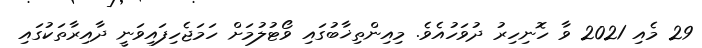
29 މެއި 2021 ވާ ހޮނިހިރު ދުވަހުއެވެ. މިއިންތިޚާބުގައި ވޯޓުލުމަށް ހަމަޖެހިފައިވަނީ ދާއިރާތަކުގައި